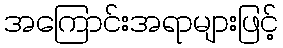
အကြောင်းအရာများဖြင့်